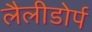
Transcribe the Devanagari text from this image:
लैलीडोर्प